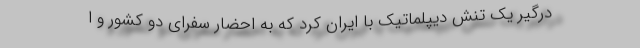
درگیر یک تنش دیپلماتیک با ایران کرد که به احضار سفرای دو کشور و ا